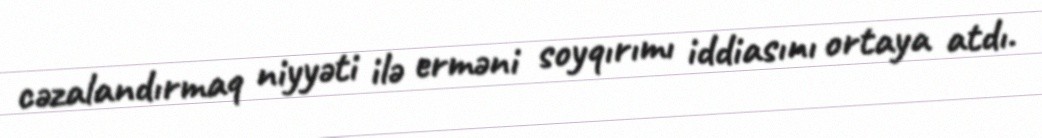
cəzalandırmaq niyyəti ilə erməni soyqırımı iddiasını ortaya atdı.